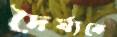
দৈর্ঘ্যকে